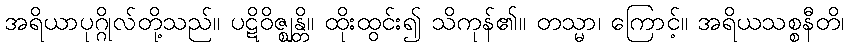
အရိယာပုဂ္ဂိုလ်တို့သည်။ ပဋိဝိဇ္ဈန္တိ။ ထိုးထွင်း၍ သိကုန်၏။ တသ္မာ၊ ကြောင့်။ အရိယသစ္စနီတိ၊